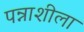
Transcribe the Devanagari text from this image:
पन्नाशीला